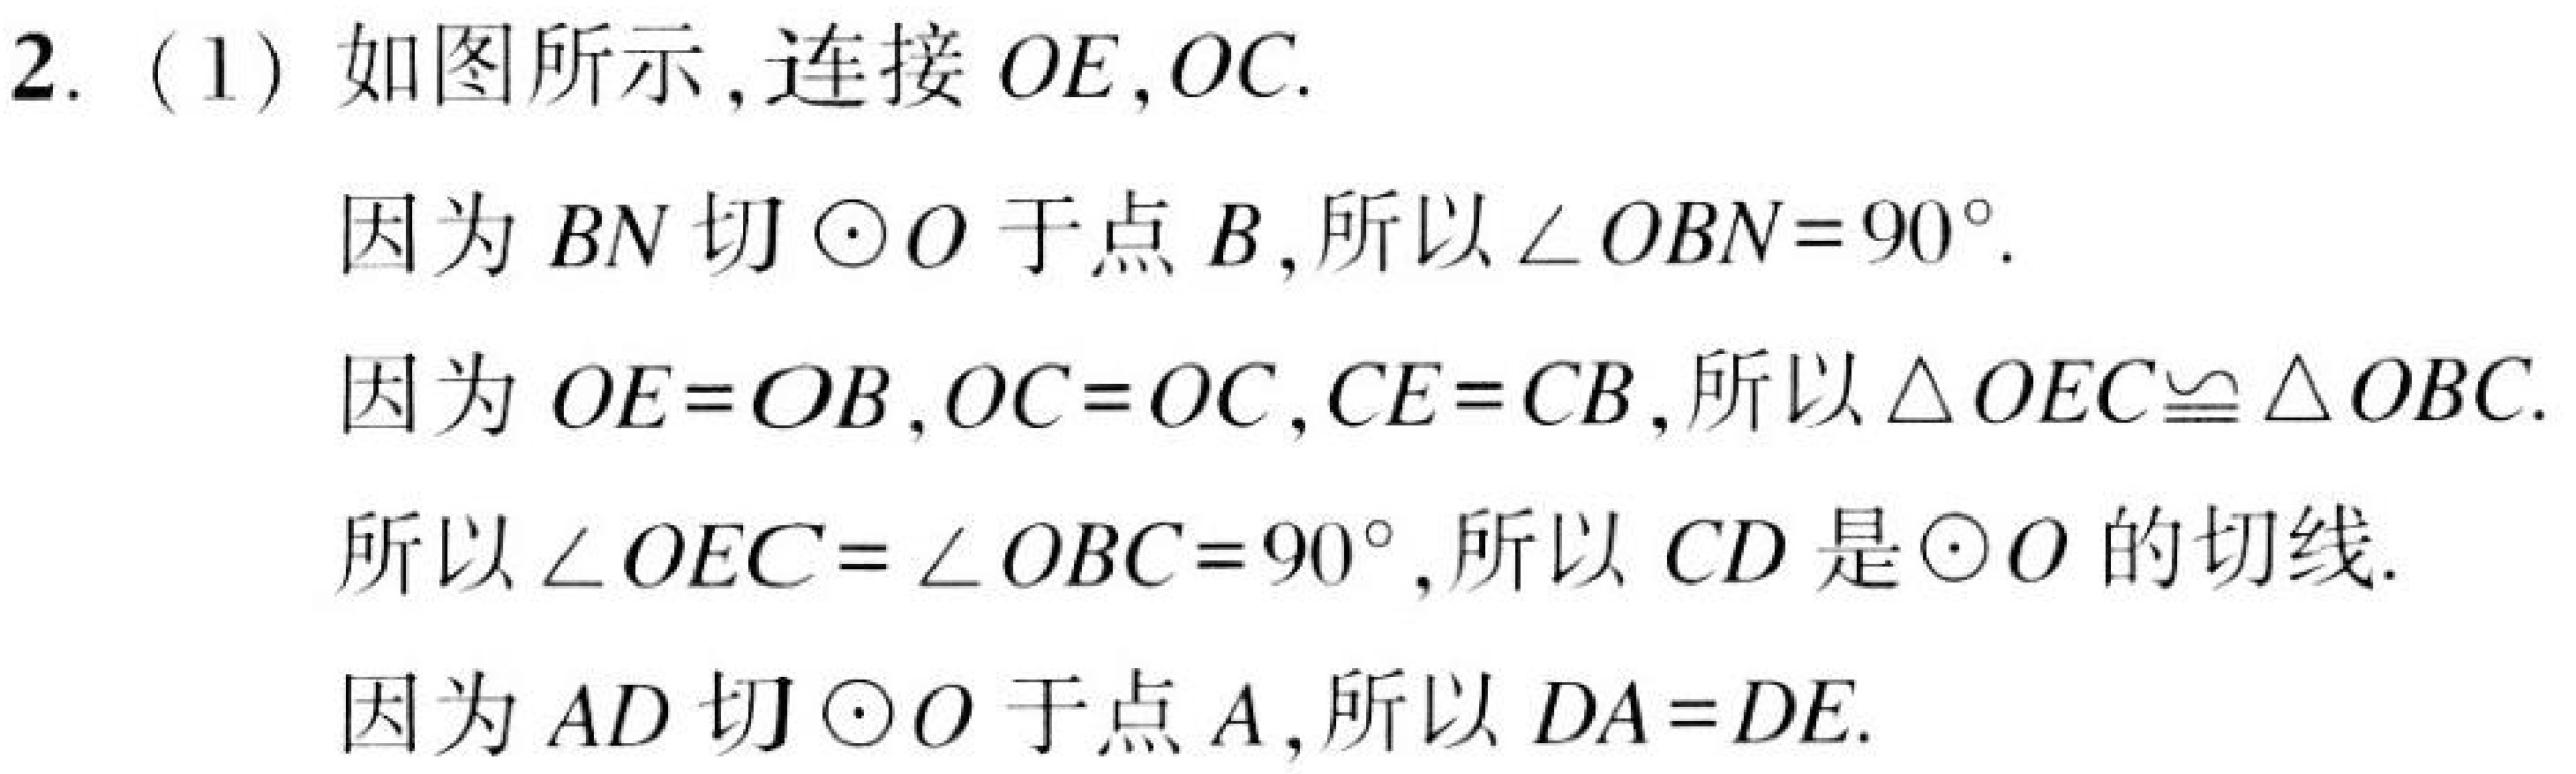
2. (1) 如图所示,连接 \(OE,OC\).
因为 \(BN\) 切 \(\odot O\) 于点 \(B\),所以 \(\angle OBN = 90^{\circ}\).
因为 \(OE = OB,OC = OC,CE = CB\),所以 \(\triangle OEC\cong\triangle OBC\).
所以 \(\angle OEC=\angle OBC = 90^{\circ}\),所以 \(CD\) 是 \(\odot O\) 的切线.
因为 \(AD\) 切 \(\odot O\) 于点 \(A\),所以 \(DA = DE\).